Report on malaria in the Punjab during the year ...  together with an account of the work of the Punjab Malaria Bureau - Volume 5
Disease focus: Malaria
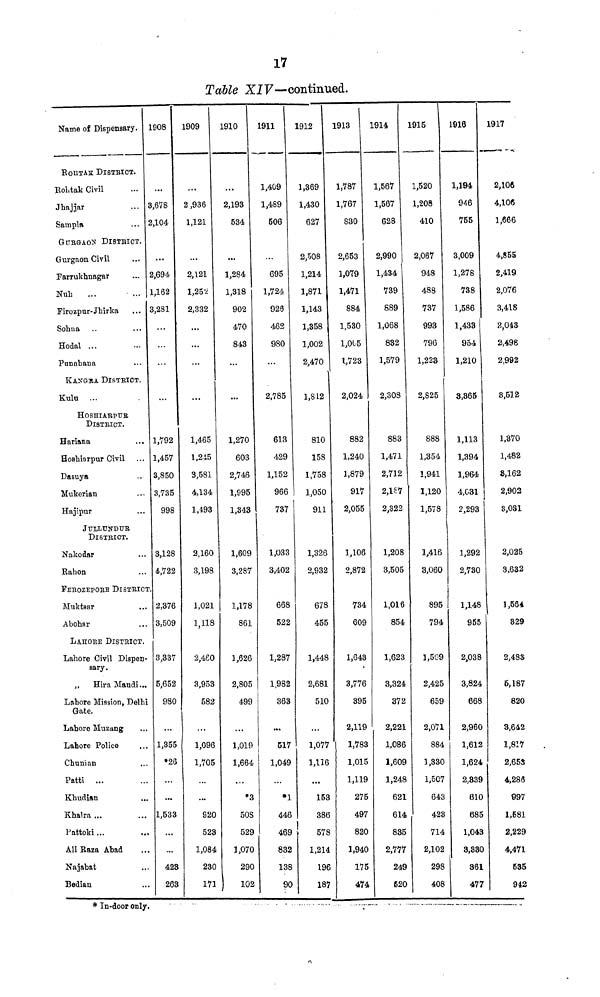
17
Table XIV—continued.
Name of Dispensary.
ROHTAK DISTRICT.
Rohtak Civil
Jhajjar
Sampla
GUBGAON DISTRICT.
Gurgaon Civil
Farrukhnagar
Nuh
Firozpur-Jhirka
Sohna
Hodal ...
Punahana
KANGRA DISTRICT.
Kulu ...
HOSHIARPUR
DISTRICT.
Hariana
Hoshinrpur Civil
Dasuya
Mukerian
Hajipur
JULLUNDUR
DISTRICT.
Nakodar
Rahon
FEROZEPOEE DISTRICT.
Muktsar
Abohar
LAHORE DISTRICT.
Labore Civil Dispen-
sary.
,, Hira Mandi...
Lahore Mission, Delhi
Gate.
Lahore Muzang
Lahore Police
Chunian
Patti ...
Khudian
...
Khalra ...
Pattoki...
Ali Raza Abad
Najabat
Bedian
1908
...
3,678
2,104
...
2,694
1,162
3,281
...
...
1,792
1,457
3,850
3,735
998
3,128
4,722
2,376
3,509
3,337
5,652
980
...
1,355
»26
...
...
1,533
...
...
423
263
1909
...
2,936
1,121
...
2,121
1,252
2,332
...
...
...
1,465
1,245
3,581
4,134
1,493
2,160
3,198
1,021
1,118
2,460
3,953
582
1,096
1,705
...
920
523
1,084
230
171
1910
...
2,193
534
...
1,284
1,318
902
470
843
...
...
1,270
603
2,746
1,995
1,343
1,609
3,287
1,178
861
1,626
2,805
499
1,019
1,664
...
•3
508
529
1,070
290
102
1911
1,409
1,489
506
...
695
1,724
928
462
980
2,785
613
429
1,152
966
737
1,033
3,402
668
522
1,287
1,982
363
...
517
1,049
•1
446
469
832
138
90
1912
1,369
1,430
627
2,508
1,214
1,871
1,143
1,358
1,002
2,470
1,812
810
158
1,758
1,050
911
1,326
2,932
678
455
1,448
2,681
510
1,077
1,116
...
153
386
578
1,214
196
187
1913
1,787
1,767
830
2,653
1,079
1,471
884
1,530
1,005
1,723
2,024
882
1,240
1,879
917
2,055
1,106
2,872
734
609
1,643
3,776
395
2,119
1,783
1,015
1,119
275
497
820
1,940
175
474
1914
1,567
1,567
628
2,990
1,434
739
889
1,068
832
1,579
2,308
883
1,471
2,712
2,187
2,322
1,208
3,505
1,016
854
1,623
3,324
372
2,221
1,086
1,609
1,248
621
614
835
2,777
249
620
1915
1,520
1,208
410
2,067
948
488
737
993
796
1,223
2,825
888
1,354
1,941
1,120
1,578
1,416
3,060
895
794
1,509
2,425
659
2,071
884
1,330
1,507
643
428
714
2,102
298
408
1916
1,194
946
755
3,009
1,278
738
1,586
1,433
954
1,210
3,365
1,113
1,394
1,964
4,G31
2,293
1,292
2,730
1,148
955
2,038
3,824
668
2,960
1,612
1,624
2,339
610
685
1,043
3,330
861
477
1917
2,106
4,106
1,666
4,855
2,419
2,076
3,418
2,0á3
2,498
2,992
8,512
1,370
1,482
3,162
2,902
3,031
2,025
3.632
1,564
829
2,483
6,187
820
3,642
1,817
2,653
4,286
997
1,681
2,229
4,471
535
942
*In-door only.